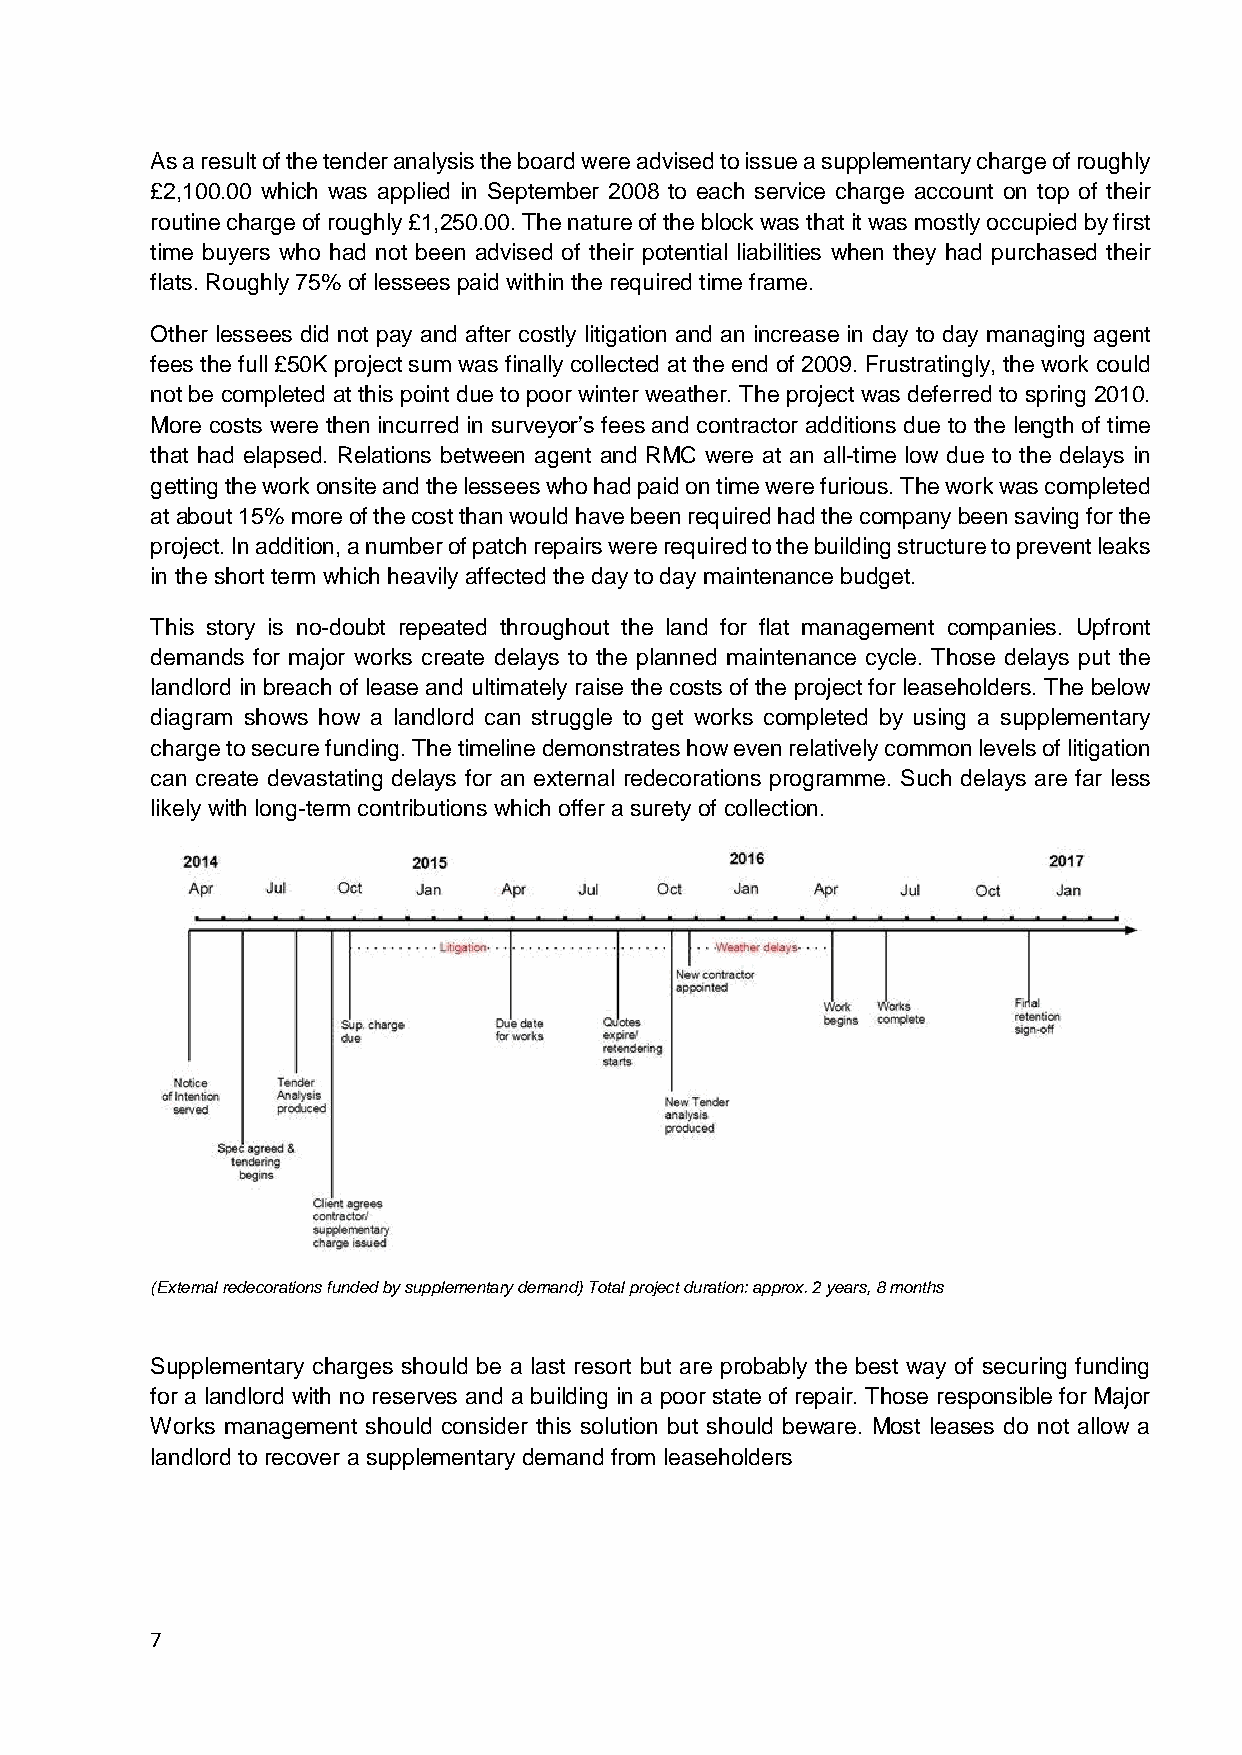
As a result of the tender analysis the board were advised to issue a supplementary charge of roughly
 £2,100.00 which was applied in September 2008 to each service charge account on top of their
 routine charge of roughly £1,250.00. The nature of the block was that it was mostly occupied by first
 time buyers who had not been advised of their potential liabilities when they had purchased their
 flats. Roughly 75% of lessees paid within the required time frame.
 Other lessees did not pay and after costly litigation and an increase in day to day managing agent
 fees the full £50K project sum was finally collected at the end of 2009. Frustratingly, the work could
 not be completed at this point due to poor winter weather. The project was deferred to spring 2010.
 More costs were then incurred in surveyor’s fees and contractor additions due to the length of time
 that had elapsed. Relations between agent and RMC were at an all-time low due to the delays in
 getting the work onsite and the lessees who had paid on time were furious. The work was completed
 at about 15% more of the cost than would have been required had the company been saving for the
 project. In addition, a number of patch repairs were required to the building structure to prevent leaks
 in the short term which heavily affected the day to day maintenance budget.
 This story is no-doubt repeated throughout the land for flat management companies. Upfront
 demands for major works create delays to the planned maintenance cycle. Those delays put the
 landlord in breach of lease and ultimately raise the costs of the project for leaseholders. The below
 diagram shows how a landlord can struggle to get works completed by using a supplementary
 charge to secure funding. The timeline demonstrates how even relatively common levels of litigation
 can create devastating delays for an external redecorations programme. Such delays are far less
 likely with long-term contributions which offer a surety of collection.
 (External redecorations funded by supplementary demand) Total project duration: approx. 2 years, 8 months
 Supplementary charges should be a last resort but are probably the best way of securing funding
 for a landlord with no reserves and a building in a poor state of repair. Those responsible for Major
 Works management should consider this solution but should beware. Most leases do not allow a
 landlord to recover a supplementary demand from leaseholders
 7